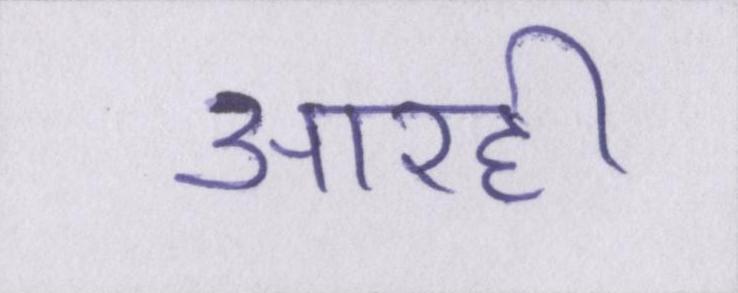
आरही